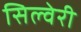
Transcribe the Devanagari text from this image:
सिल्वेरी